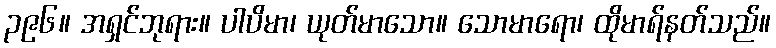
၃၉၆။ အရှင်ဘုရား။ ပါပိမာ၊ ယုတ်မာသော။ သောမာရော၊ ထိုမာရ်နတ်သည်။